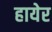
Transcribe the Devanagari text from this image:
हायेर